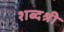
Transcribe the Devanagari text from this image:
शब्दश्री